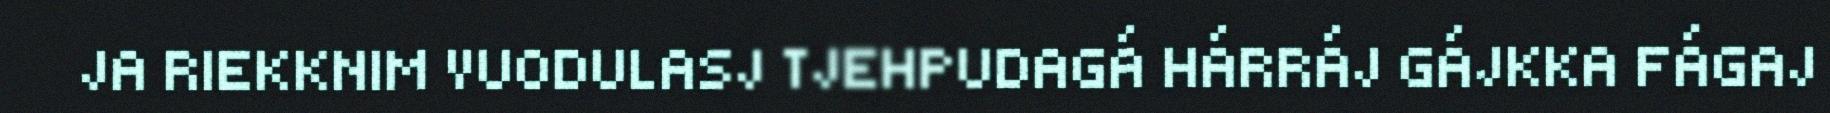
JA RIEKKNIM VUODULASJ TJEHPUDAGÁ HÁRRÁJ GÁJKKA FÁGAJ